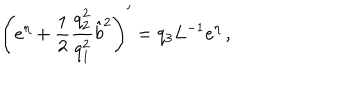
LaTeX: \left( e ^ { \eta } + \frac { 1 } { 2 } \frac { q _ { 2 } ^ { 2 } } { q _ { 1 } ^ { 2 } } \hat { b } ^ { 2 } \right) ^ { \prime } = q _ { 3 } L ^ { - 1 } e ^ { \eta } \, ,